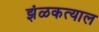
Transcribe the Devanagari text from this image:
झंळकत्याल